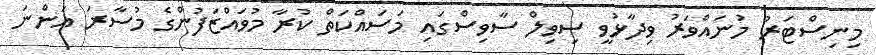
މިނިސްޓަރު މުނައްވަރު ވިދާޅުވީ ސިވިލް ސާވިސްގައި މަސައްކަތް ކުރާ މުވައްޒަފުންގެ މުސާރަ އަންނަ